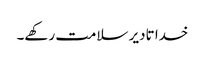
خدا تادیر سلامت رکھے۔